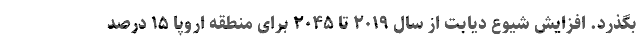
بگذرد. افزایش شیوع دیابت از سال ۲۰۱۹ تا ۲۰۴۵ برای منطقه اروپا ۱۵ درصد